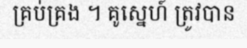
គ្រប់គ្រង ។ គូស្នេហ៍ ត្រូវបាន